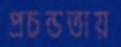
প্রচন্ডতায়